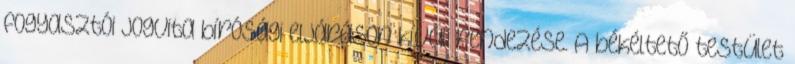
fogyasztói jogvita bírósági eljáráson kívüli rendezése. A békéltető testület